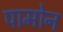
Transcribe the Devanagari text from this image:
पामोन